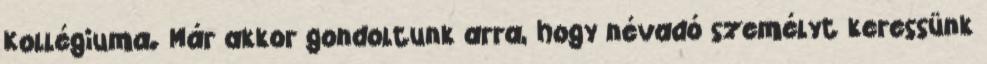
Kollégiuma. Már akkor gondoltunk arra, hogy névadó személyt keressünk